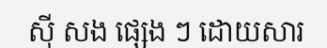
ស៊ី សង ផ្សេង ៗ ដោយសារ